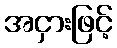
အငှားဖြင့်